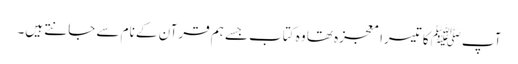
آپﷺ کا تیسرا معجزہ تھا وہ کتاب جسے ہم قرآن کے نام سے جانتے ہیں۔